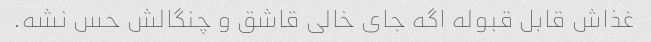
غذاش قابل قبوله اگه جای خالی قاشق و چنگالش حس نشه.